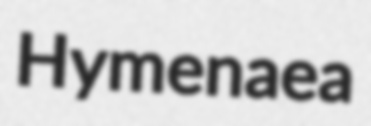
Hymenaea